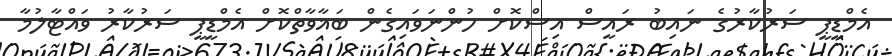
އެމްޑީޕީ ސަރުކާރުގެ ނައިބު ރައީސް އިސްކޮށް ހުންނަވައިގެން ބަޣާވާތްކޮށް އެމްޑީޕީ ސަރުކާރު ވައްޓާލުމާ